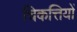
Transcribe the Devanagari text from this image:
चिकत्तियों